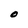
Character: O